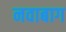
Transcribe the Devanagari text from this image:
नवाबाग